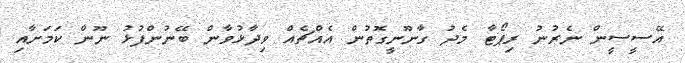
އޭސީސީން ނެރުނު ރިޕޯޓާ މެދު ގާނޫނީގޮތުން އެއްޗެއް ވިދާޅުވާން ބޭނުންފުޅު ނޫން ކަމަށާއި